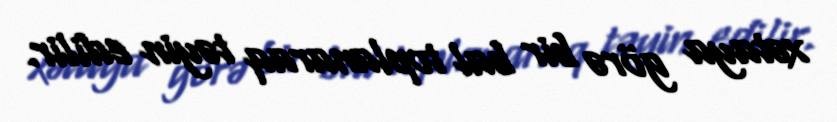
xətaya görə bir bal toplanaraq təyin edilir.